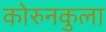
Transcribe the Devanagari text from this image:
कोरुनकुला